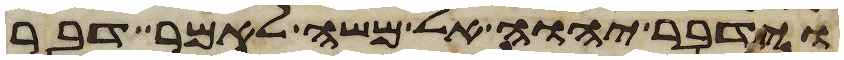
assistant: וידבר יהוה אל משה לאמר דבר